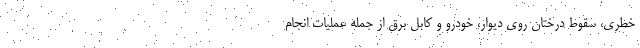
خطری، سقوط درختان روی دیوار، خودرو و کابل برق از جمله عملیات انجام